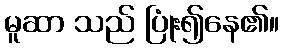
မူဆာ သည် ပြုံး၍နေ၏။